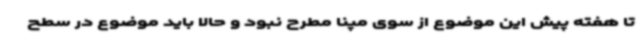
تا هفته پیش این موضوع از سوی مپنا مطرح نبود و حالا باید موضوع در سطح